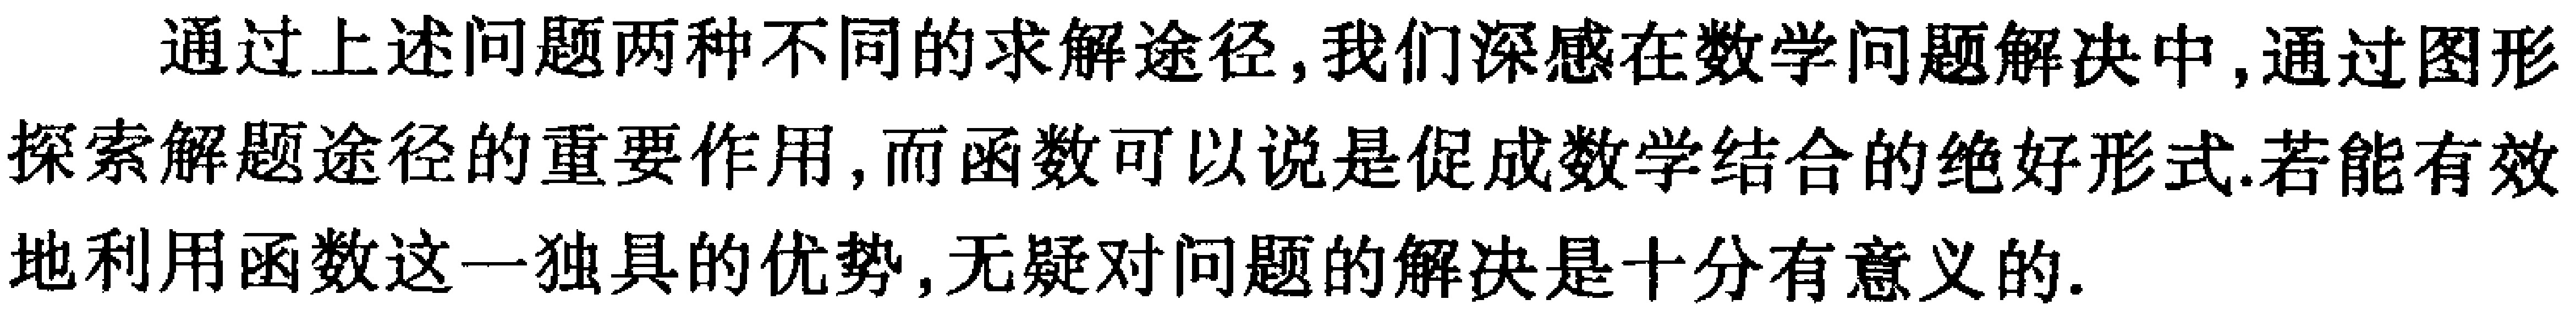
通过上述问题两种不同的求解途径, 我们深感在数学问题解决中, 通过图形探索解题途径的重要作用, 而函数可以说是促成数学结合的绝好形式. 若能有效地利用函数这一独具的优势, 无疑对问题的解决是十分有意义的.